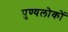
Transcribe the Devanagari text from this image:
पुण्यलोकों